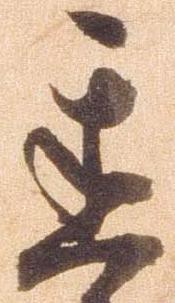
遅